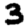
Digit: 3